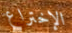
الإختراع